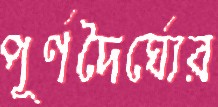
পূর্ণদৈর্ঘ্যের